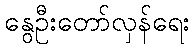
နွေဦးတော်လှန်ရေး